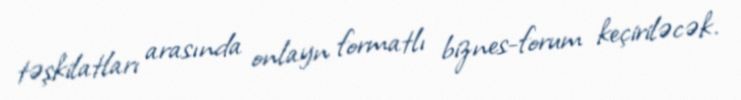
təşkilatları arasında onlayn formatlı biznes-forum keçiriləcək.